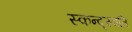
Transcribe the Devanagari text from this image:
स्कन्द्स्वति